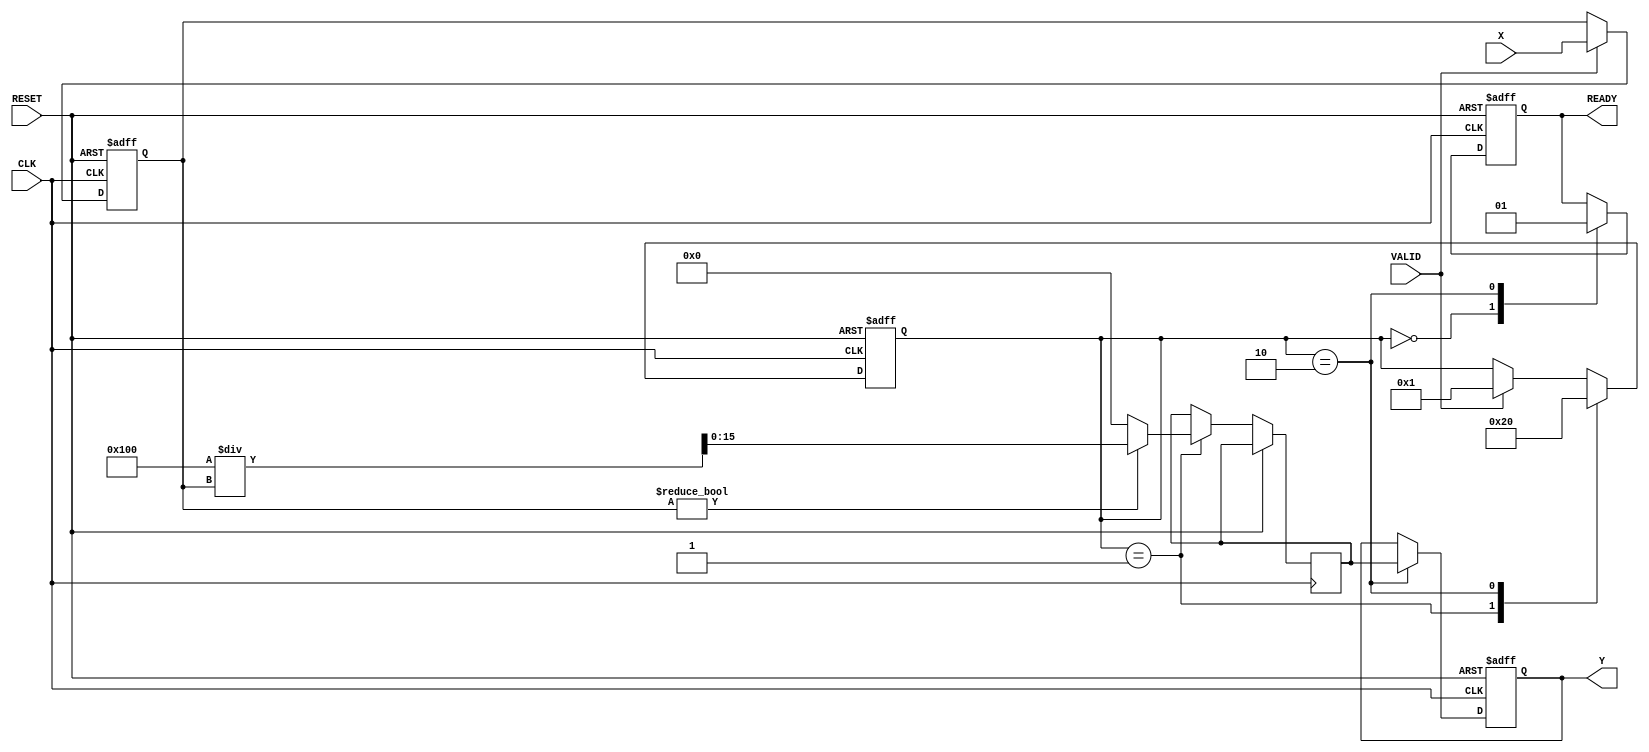
module DirectReciprocalUnit #(
    parameter WIDTH = 16,  // Width of input and output data
    parameter FRAC_WIDTH = 8 // Fractional width for fixed-point representation
)(
    input wire [WIDTH-1:0] X,      // Input data
    input wire VALID,                // Valid signal
    input wire CLK,                  // Clock signal
    input wire RESET,                // Asynchronous reset
    output reg [WIDTH-1:0] Y,       // Output data (reciprocal)
    output reg READY                 // Ready signal
);

    reg [WIDTH-1:0] x_reg;          // Registered input
    reg [3:0] state;                // State for computation
    reg [WIDTH-1:0] approx;         // Approximation for reciprocal
    reg [WIDTH-1:0] temp;           // Temporary variable for calculations

    // State encoding
    localparam IDLE = 0,
               COMPUTE = 1,
               DONE = 2;

    // Asynchronous reset and input capture
    always @(posedge CLK or posedge RESET) begin
        if (RESET) begin
            x_reg <= 0;
            Y <= 0;
            READY <= 0;
            state <= IDLE;
        end else begin
            if (VALID) begin
                x_reg <= X; // Capture input data when VALID is asserted
                state <= COMPUTE; // Move to computation state
            end
            
            // State machine for computation
            case (state)
                IDLE: begin
                    READY <= 0; // Not ready in idle state
                end
                
                COMPUTE: begin
                    // Initial approximation for 1/X (using a simple heuristic)
                    if (x_reg != 0) begin
                        approx <= (1 << (WIDTH - FRAC_WIDTH)) / x_reg; // Initial guess
                        state <= DONE; // Move to done state
                    end else begin
                        approx <= 0; // Handle division by zero case
                        state <= DONE; // Move to done state
                    end
                end
                
                DONE: begin
                    Y <= approx; // Output the computed reciprocal
                    READY <= 1; // Signal that the output is ready
                    state <= IDLE; // Go back to idle state for next input
                end
            endcase
        end
    end

endmodule